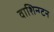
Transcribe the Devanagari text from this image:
वाशिन्ग्टन